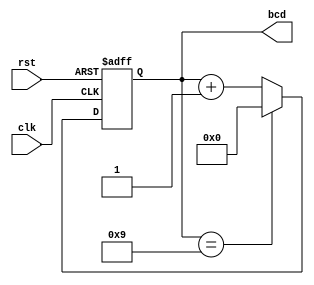
module BCD_Counter (
    input wire clk,      // Clock signal
    input wire rst,      // Asynchronous reset signal
    output reg [3:0] bcd // 4-bit BCD output
);

// State transition logic
always @(posedge clk or posedge rst) begin
    if (rst) begin
        bcd <= 4'b0000; // Reset the counter to 0
    end else begin
        if (bcd == 4'b1001) begin
            bcd <= 4'b0000; // Reset to 0 after reaching 9
        end else begin
            bcd <= bcd + 1; // Increment the BCD count
        end
    end
end

endmodule